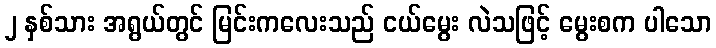
၂ နှစ်သား အရွယ်တွင် မြင်းကလေးသည် ငယ်မွေး လဲသဖြင့် မွေးစက ပါသော